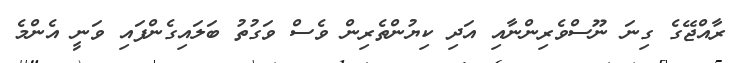
ރާއްޖޭގެ ގިނަ ނޫސްވެރިންނާއި އަދި ކިޔުންތެރިން ވެސް ވަގުތު ބަލައިގެންފައި ވަނީ އެންމެ